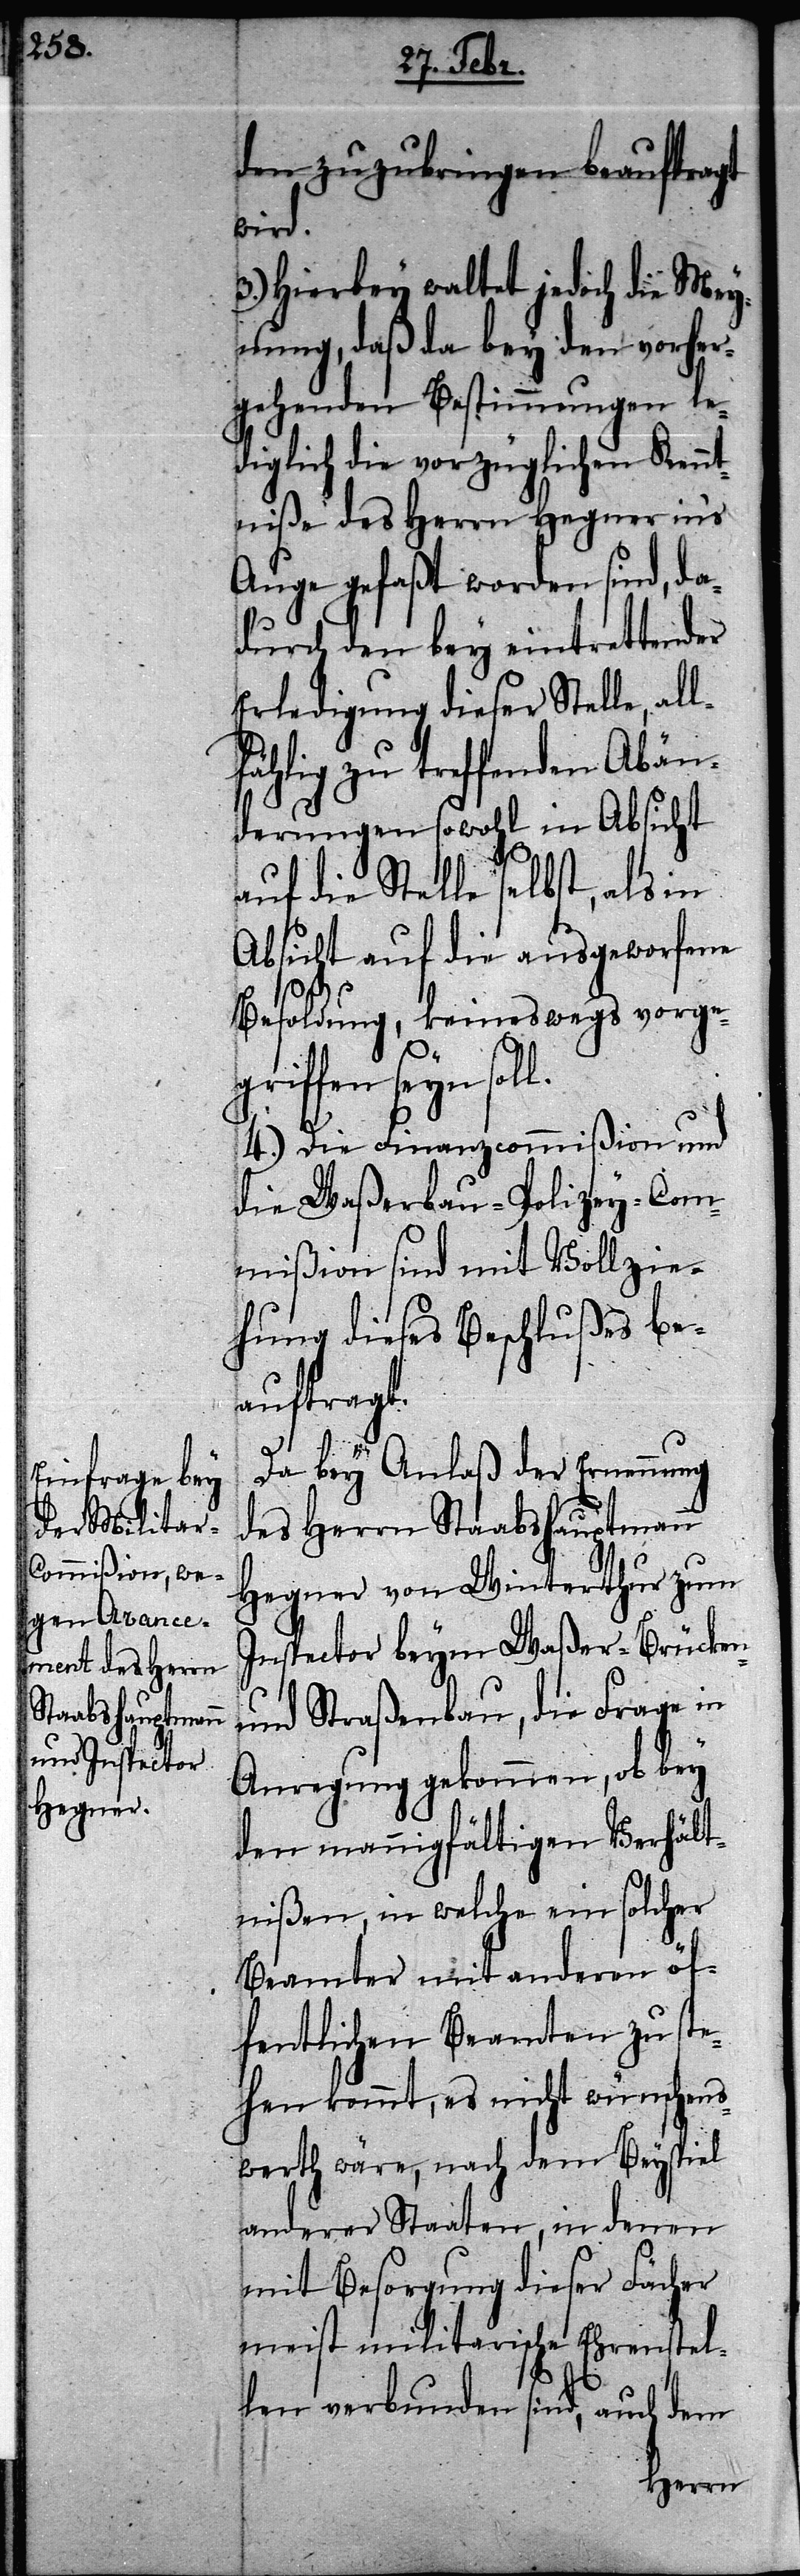
den zuzubringen beauftragt
wird.
3.) Hierbey waltet jedoch die Mey¬
nung, daß da bey den vorher¬
gehenden Bestimmungen le¬
diglich die vorzüglichen Kennt¬
niße des Herrn Hegner ins
Auge gefaßt worden sind, da¬
durch den bey eintrettender
Erledigung dieser Stelle, al¬
fählig zu treffenden Abän¬
derungen sowohl in Absicht
auf die Stelle selbst, als in
Absicht auf die ausgeworfene
Besoldung, keineswegs vorge¬
iffen seyn sol¬
4.) Die Finanzcommißion und
die Waßerbau-Polizey-Com¬
mißion sind mit Vollzie¬
hung dieses Beschlußes be¬
auftragt.
Da bey Anlaß der Ernennung
des Herrn Staabshauptmann
Hegner von Winterthur zum
Inspector beym Waßer- Brücken-
und Straßenbau, die Frage in
Anregung gekommen, ob bey
den mannigfältigen Verhält¬
nißen, in welche ein solcher
Beamter mit anderen öf¬
fentlichen Beamten zu ste¬
hen kommt, es nicht wünschens¬
werth wäre, nach dem Beyspiel
anderer Staaten, in denen
mit Besorgung dieser Fächer
meist militarische Ehrenstel¬
l.
len verbunden sind, auch dem